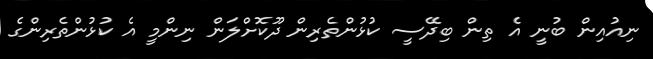
ނިއުއިން ބުނީ އެ ތިން ބިދޭސީ ކުޅުންތެރިން ދޫކޮށްލަން ނިންމީ އެ ކުޅުންތެރިންގެ